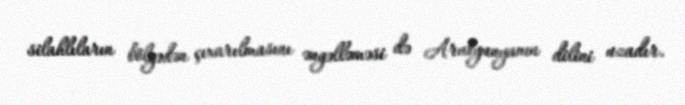
silahlıların bölgədən çıxarılmasını əngəlləməsi də Arutyunyanın dilini uzadır.